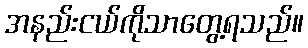
အနည်းငယ်ကိုသာတွေ့ရသည်။